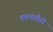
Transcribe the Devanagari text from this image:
कम्मालैरी